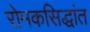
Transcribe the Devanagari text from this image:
रोमकसिद्धांत